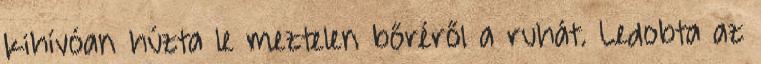
kihívóan húzta le meztelen bőréről a ruhát. Ledobta az